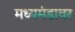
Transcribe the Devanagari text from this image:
मध्यमंडावर